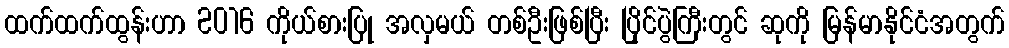
ထက်ထက်ထွန်းဟာ 2016 ကိုယ်စားပြု အလှမယ် တစ်ဦးဖြစ်ပြီး ပြိုင်ပွဲကြီးတွင် ဆုကို မြန်မာနိုင်ငံအတွက်